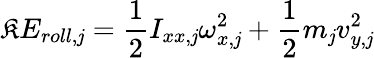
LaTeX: \mathfrak{K}E_{roll,\mathit{j}}=\frac{{1}}{{2}}I_{xx,\mathit{j}}\omega_{x,\mathit{j}}^{2}+\frac{{1}}{{2}}m_{\mathit{j}}v_{y,\mathit{j}}^{2}